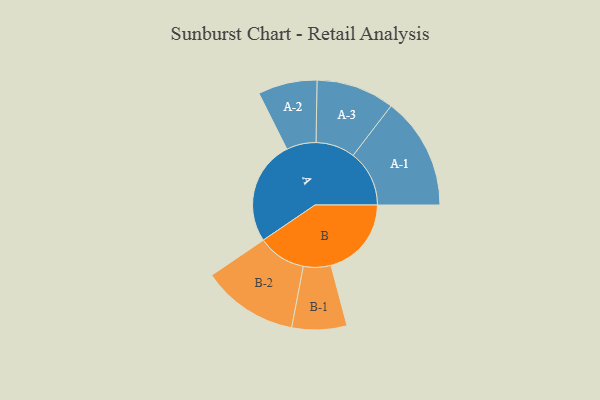
{"axis": {"x": "Segment", "y": "Value"}, "legend": ["", "A", "B"], "data": [{"x": "A", "y": 392, "type": ""}, {"x": "B", "y": 302, "type": ""}, {"x": "A-1", "y": 211, "type": "A"}, {"x": "A-2", "y": 111, "type": "A"}, {"x": "A-3", "y": 147, "type": "A"}, {"x": "B-1", "y": 103, "type": "B"}, {"x": "B-2", "y": 181, "type": "B"}]}